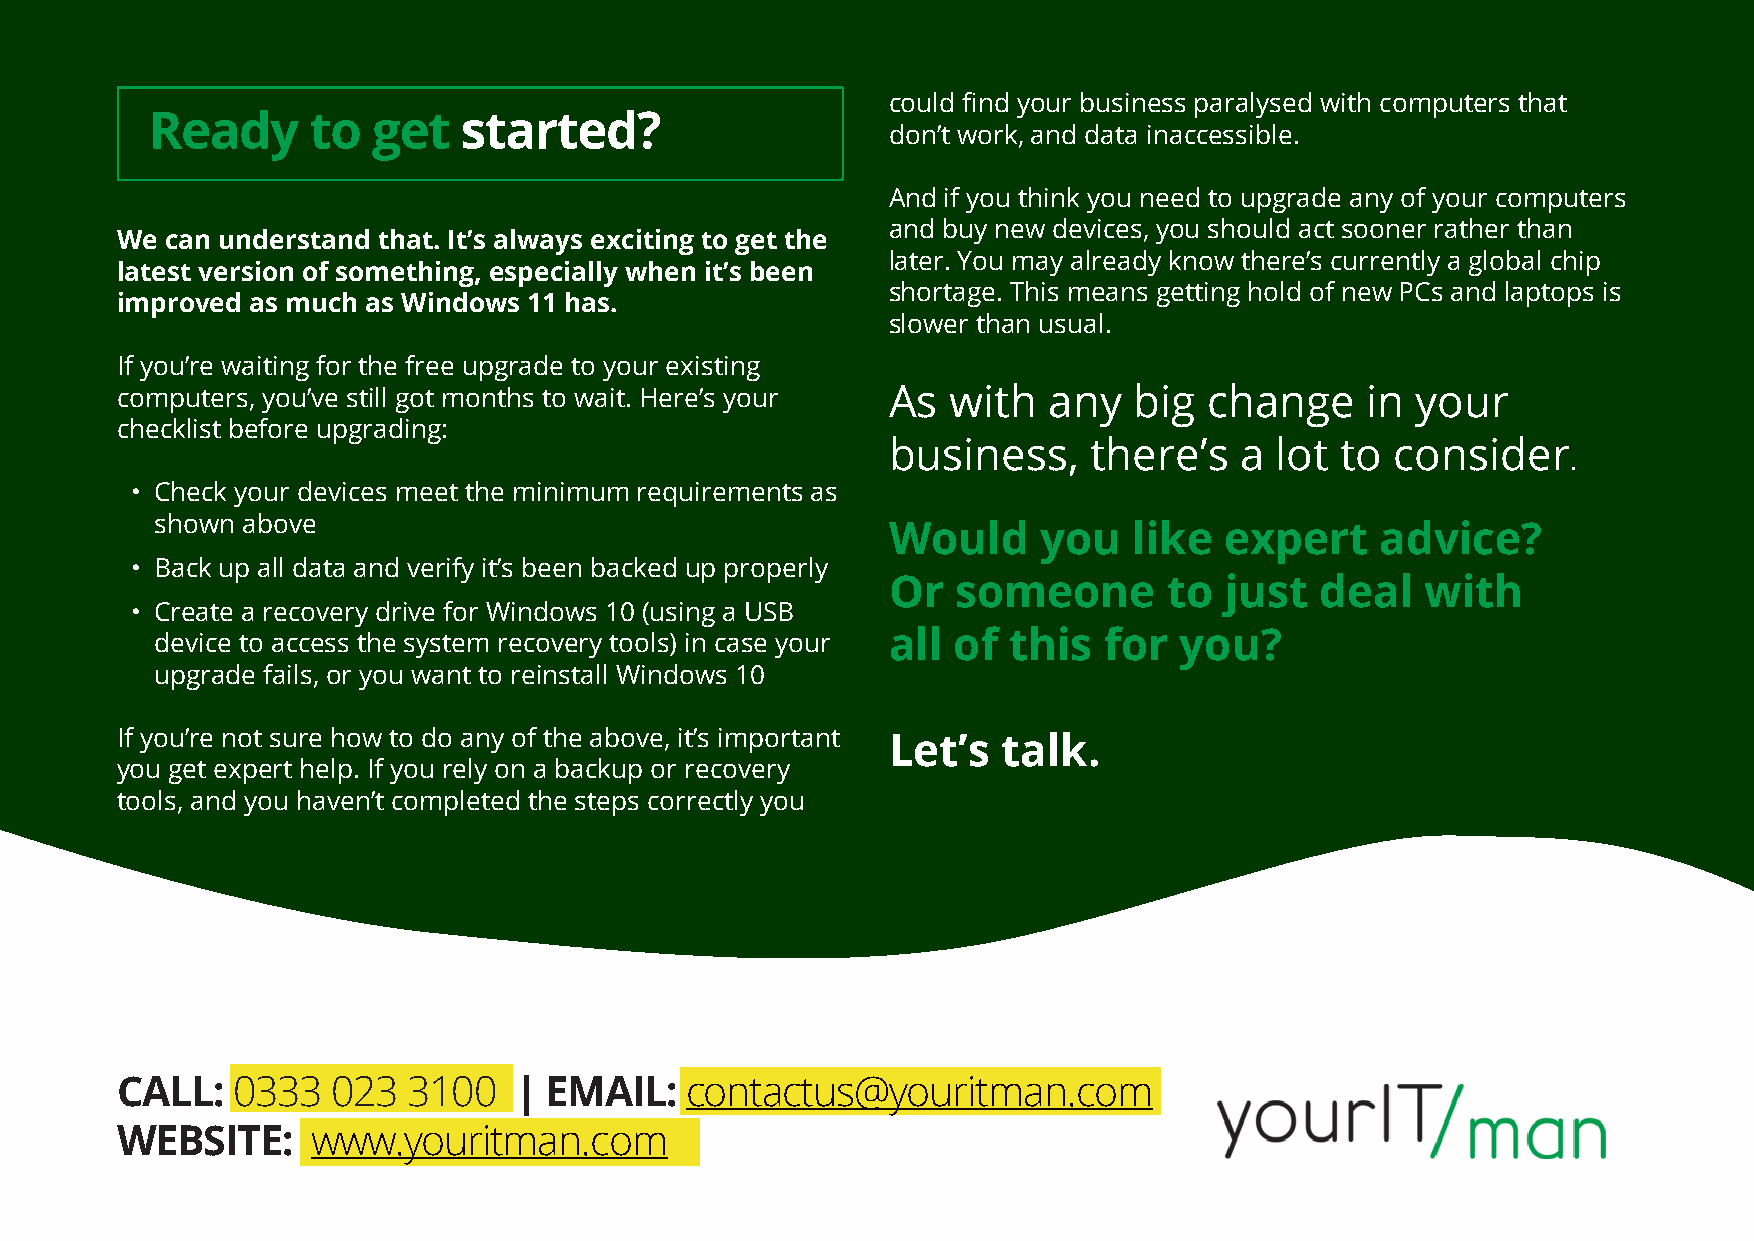
could find your business paralysed with computers that
 Ready     to   get   started?
 don’t work, and data inaccessible.
 And if you think you need to upgrade any of your computers
 and buy new devices, you should act sooner rather than
 We can understand that. It’s always exciting to get the
 later. You may already know there’s currently a global chip
 latest version of something, especially when it’s been
 shortage. This means getting hold of new PCs and laptops is
 improved as much as Windows 11 has.
 slower than usual.
 If you’re waiting for the free upgrade to your existing
 computers, you’ve still got months to wait. Here’s your As with any big change    in  your
 checklist before upgrading:
 business,    there’s   a lot  to consider
 .
 • Check your devices meet the minimum requirements as
 shown above
 Would     you   like  expert    advice?
 • Back up all data and verify it’s been backed up properly
 Or  someone       to  just  deal   with
 • Create a recovery drive for Windows 10 (using a USB
 device to access the system recovery tools) in case your all of this for you?
 upgrade fails, or you want to reinstall Windows 10
 If you’re not sure how to do any of the above, it’s important
 Let’s  talk.
 you get expert help. If you rely on a backup or recovery
 tools, and you haven’t completed the steps correctly you
 CALL:  0333   023  3100   | EMAIL:   contactus@youritman.com
 WEBSITE:     www.youritman.com